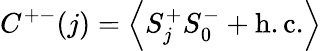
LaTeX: C^{+-}(j)=\left<S_{j}^{+}S_{0}^{-}+\mathrm{h.c.}\right>